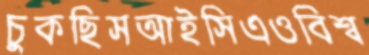
চুকছিসআইসিএওবিশ্ব